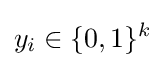
y_{i}\in \{0,1\}^{k}